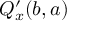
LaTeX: Q _ { x } ^ { \prime } ( b , a )